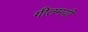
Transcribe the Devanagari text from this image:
गीतमयी